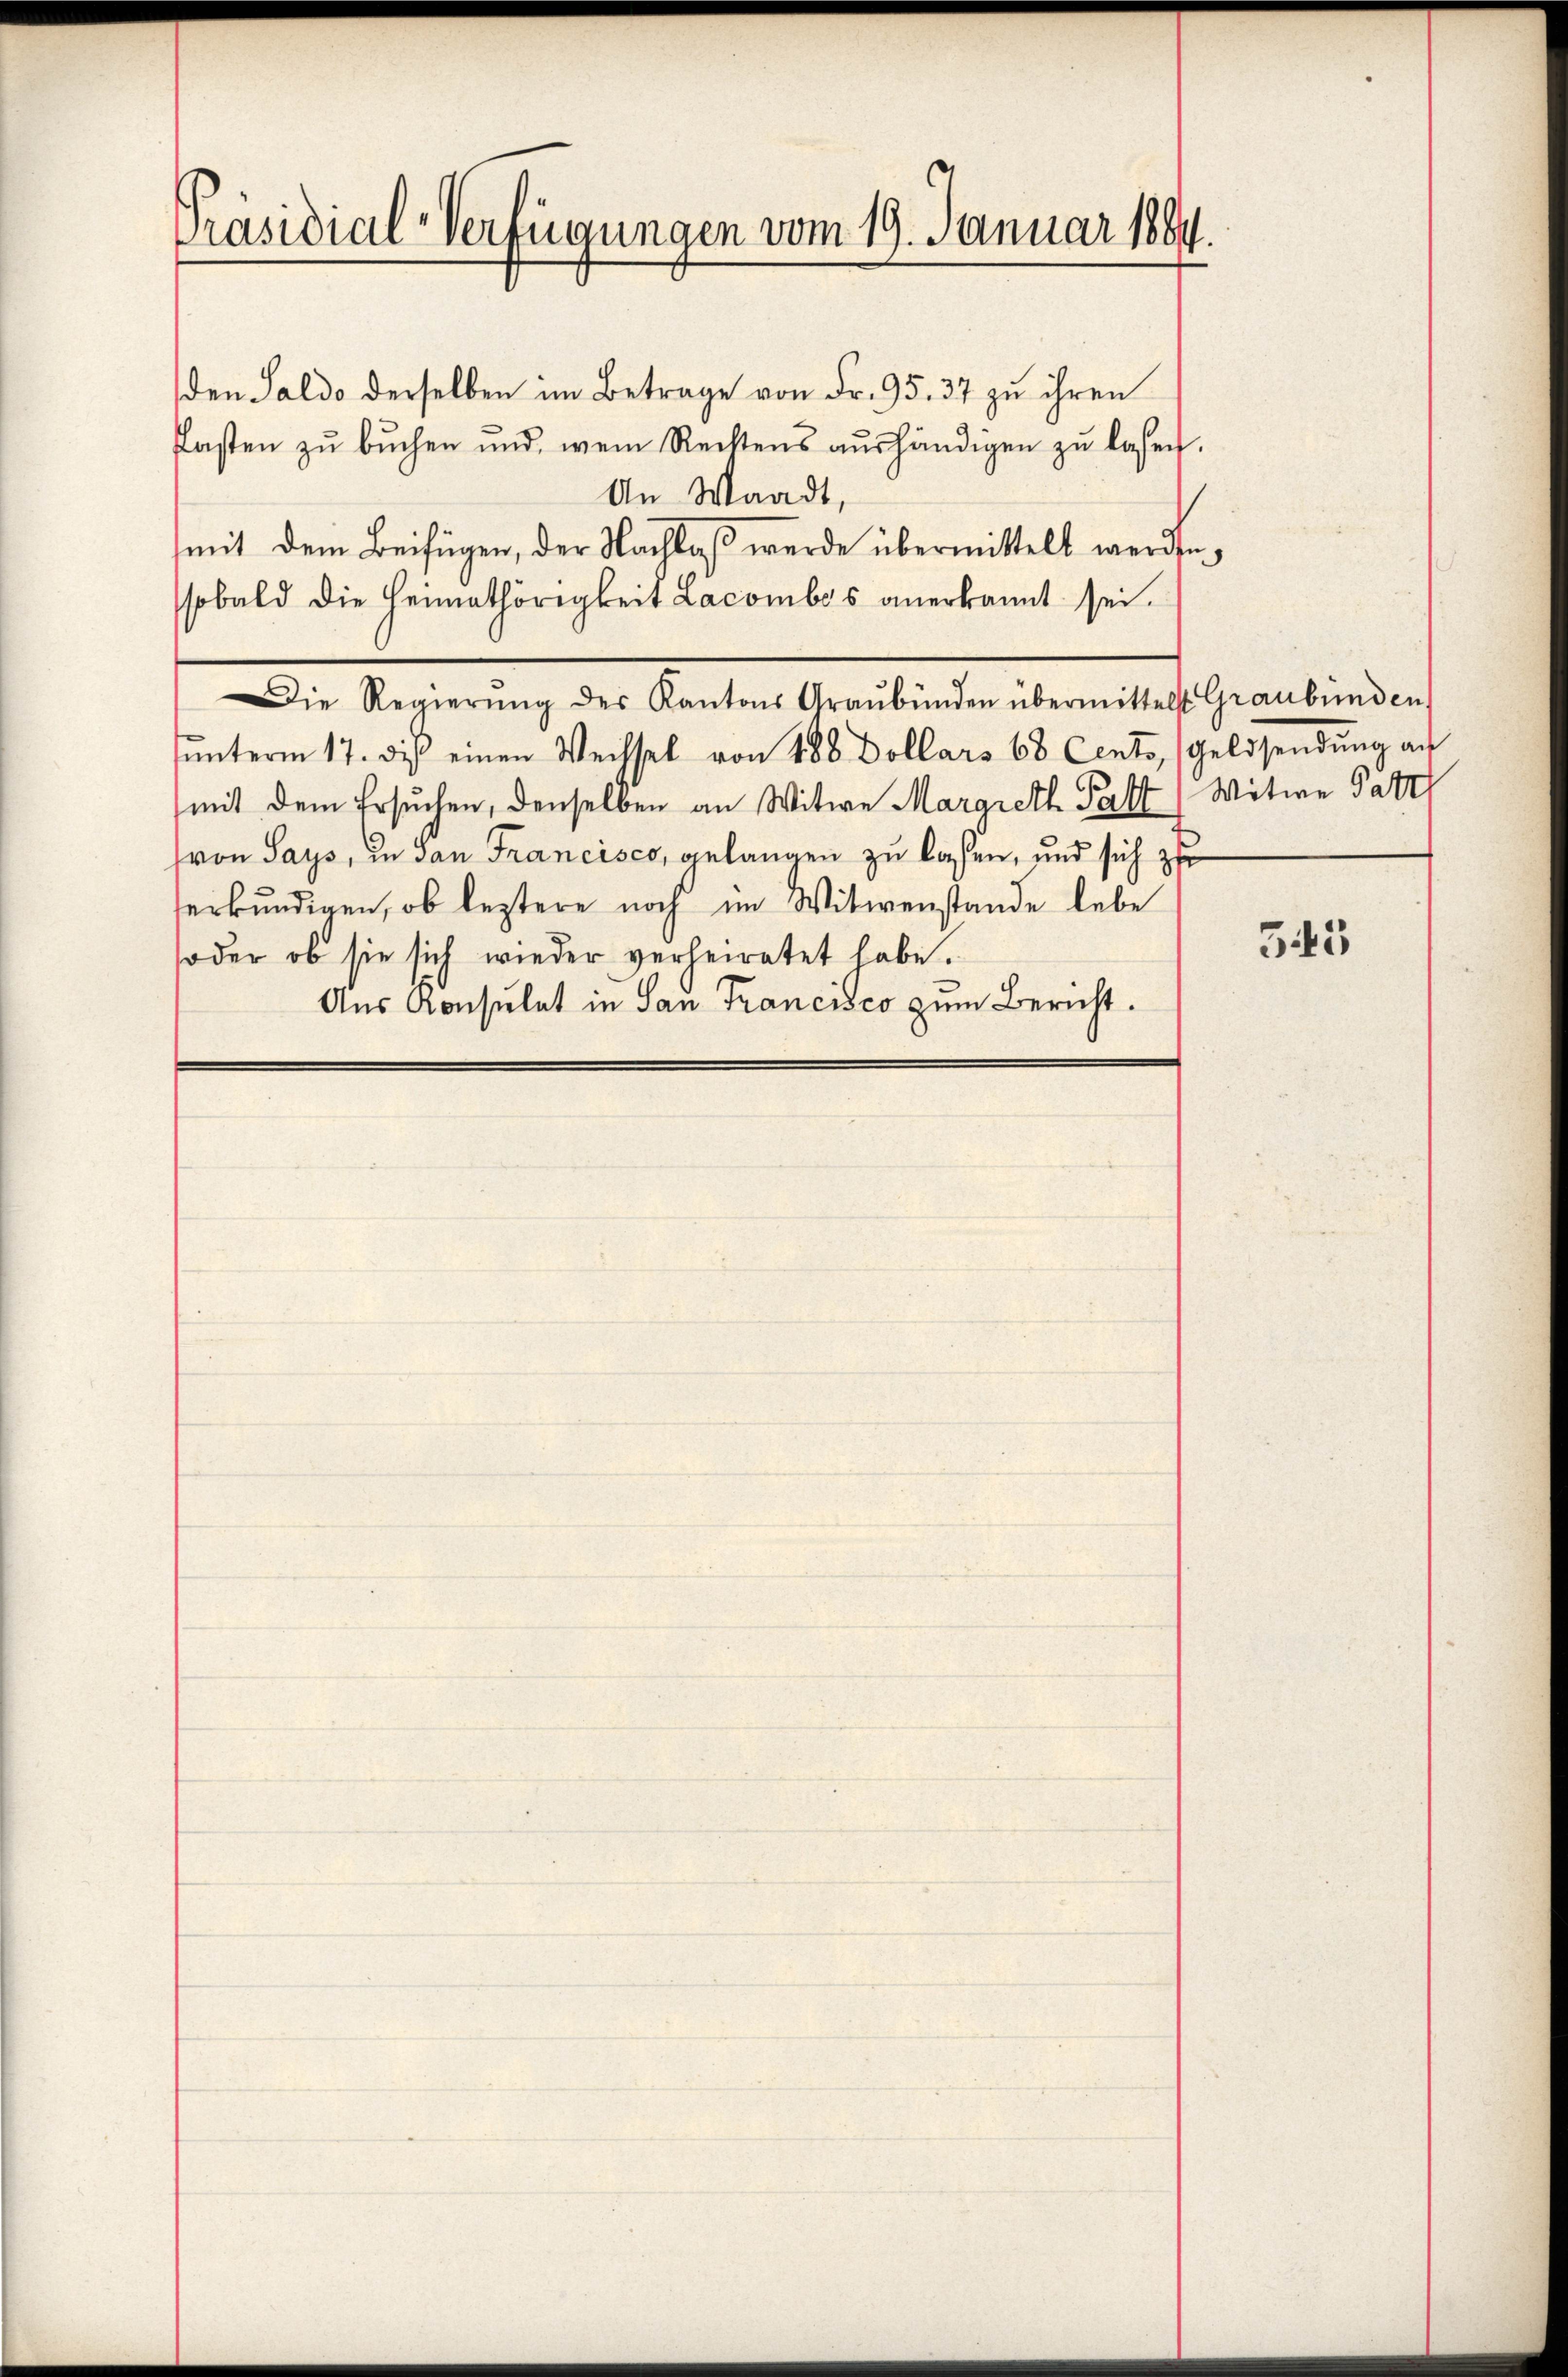
Präsidial-Verfügungen vom 19. Januar 1884.

den Saldo derselben im Betrage von Fr. 95. 37 zu ihren
Pasten zŭ bŭchen und wenn Rechtens aŭshändigen zŭ lassen.
An Waadt,
mit dem Beifügen, der Nachlaß werde übermittelt werden,
sobald die Heimathörigkeit Lacombos anerkannt sei.
Die Regierŭng des Kantons Graubünden übermittelst Graubünden,
ŭnterm 17. diβ einen Wechsel von 188 Dollars 68 Cento, Geldsendŭng au
mit dem Ersuchen, denselben an Witwe Margreth Past, Witwe Patzl
(von Says, in San Francisco, gelangen zu lassen, und sich zu
erkŭndigen, ob leztere noch im Witwenstande lebe
soder ob sie sich wieder verheiratet habe.
Aus Konsulat in San Francisco zum Bericht.

345